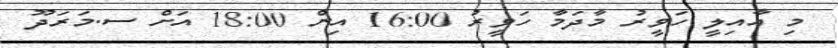
މި އާއިލީ ހަވީރު މާދަމާ ހަވީރު 16:00 އިން 18:00 އަށް ސ.މަރަދޫ